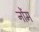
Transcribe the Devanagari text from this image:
नोंम